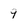
Character: 9